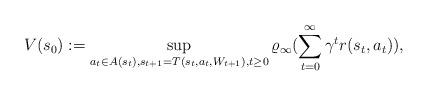
LaTeX: \begin{align*}V(s_0) := \sup_{a_t\in A(s_t), s_{t+1}=T(s_{t},a_{t},W_{t+1}),t\geq 0}\varrho_\infty(\sum_{t=0}^{\infty}\gamma^{t}r(s_{t},a_{t})),\end{align*}